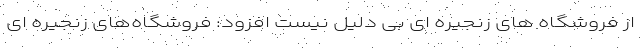
از فروشگاه های زنجیره ای بی دلیل نیست افزود: فروشگاه‌های زنجیره ای